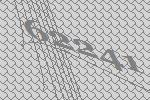
62241